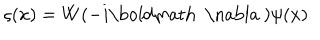
LaTeX: \varsigma ( x ) = W ( - i \mathrm { \boldmath ~ \nabla ~ } ) \psi ( x )